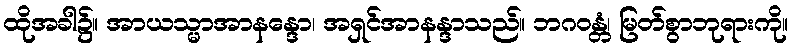
ထိုအခါ၌။ အာယသ္မာအာနန္ဒော၊ အရှင်အာနန္ဒာသည်။ ဘဂဝန္တံ၊ မြတ်စွာဘုရားကို။